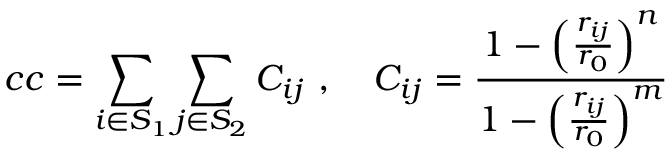
c c = \sum _ { i \in S _ { 1 } } \sum _ { j \in S _ { 2 } } C _ { i j } \ , \ \ \ C _ { i j } = \frac { 1 - \Big ( \frac { r _ { i j } } { r _ { 0 } } \Big ) ^ { n } } { 1 - \Big ( \frac { r _ { i j } } { r _ { 0 } } \Big ) ^ { m } }